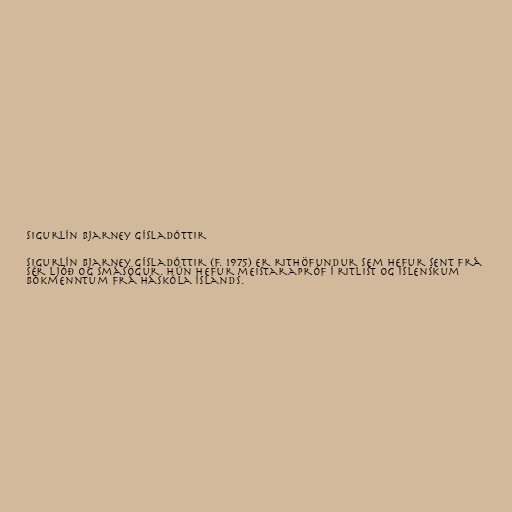
Sigurlín Bjarney Gísladóttir

Sigurlín Bjarney Gísladóttir (f. 1975) er rithöfundur sem hefur sent frá
sér ljóð og smásögur. Hún hefur meistarapróf í ritlist og íslenskum
bókmenntum frá Háskóla Íslands.